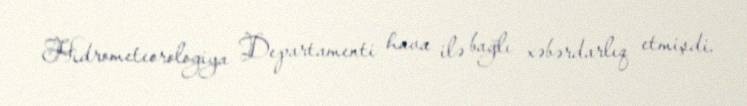
Hidrometeorologiya Departamenti hava ilə bağlı xəbərdarlıq etmişdi.